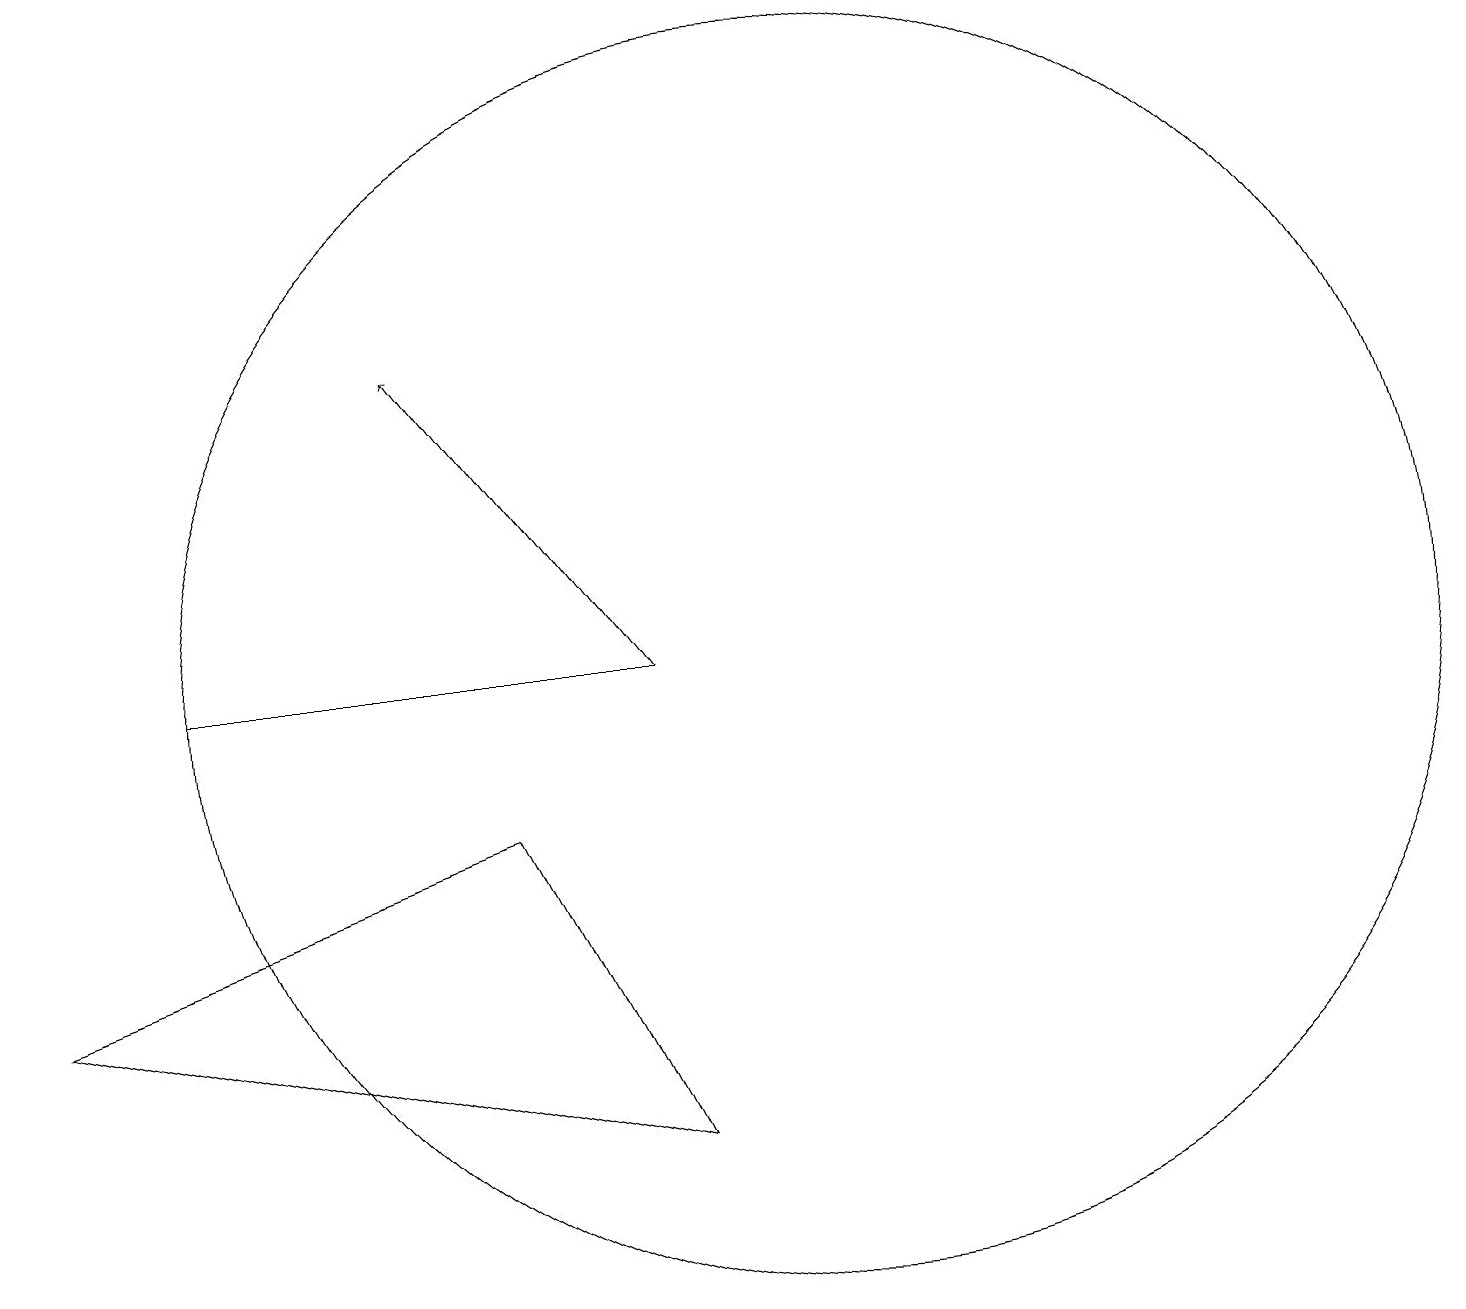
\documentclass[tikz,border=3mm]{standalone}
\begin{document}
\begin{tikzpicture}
\draw (3,11) rectangle (9,11);
\draw (9,5) -- (7,9) -- (1,7) -- cycle;
\draw (11,11) circle (8);
\draw[->] (9,11) -- (6,15);
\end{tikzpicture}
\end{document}